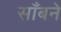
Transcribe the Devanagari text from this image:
साँबने